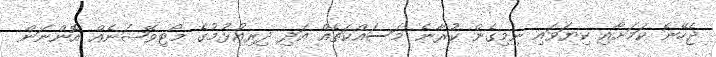
ޖެހޭނެ ކަމަށާއި ކިޔަވައި ނިމިގެން ކުރާނެ މަސައްކަތެއް އަދި ދިރިއުޅުމުގެ މޯޓިވޭޝަނެއް އޮންނަން